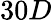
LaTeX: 30D